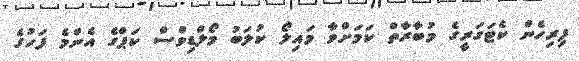
ފިރިހެން ކެޓަގަރީގެ މުބާރާތް ކަމަށްވާ މައިލޯ ކުލަބު މޯލްޑިވްސް ކަޕްގެ އެންމެ ފަހުގެ